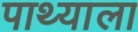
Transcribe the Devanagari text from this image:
पाथ्याला